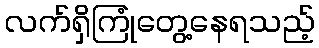
လက်ရှိကြုံတွေ့နေရသည့်